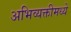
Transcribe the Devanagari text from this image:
अभिव्यक्तीमध्ये